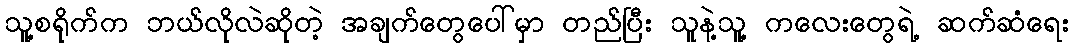
သူ့စရိုက်က ဘယ်လိုလဲဆိုတဲ့ အချက်တွေပေါ်မှာ တည်ပြီး သူနဲ့သူ့ ကလေးတွေရဲ့ ဆက်ဆံရေး